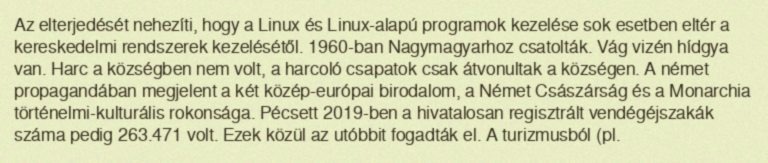
Az elterjedését nehezíti, hogy a Linux és Linux-alapú programok kezelése sok esetben eltér a kereskedelmi rendszerek kezelésétől. 1960-ban Nagymagyarhoz csatolták. Vág vizén hídgya van. Harc a községben nem volt, a harcoló csapatok csak átvonultak a községen. A német propagandában megjelent a két közép-európai birodalom, a Német Császárság és a Monarchia történelmi-kulturális rokonsága. Pécsett 2019-ben a hivatalosan regisztrált vendégéjszakák száma pedig 263.471 volt. Ezek közül az utóbbit fogadták el. A turizmusból (pl.